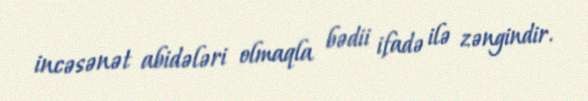
incəsənət abidələri olmaqla bədii ifadə ilə zəngindir.